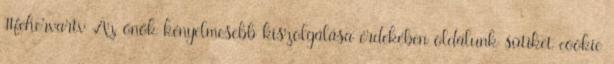
#fehervartv Az önök kényelmesebb kiszolgálása érdekében oldalunk sütiket cookie